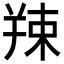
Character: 𦎖